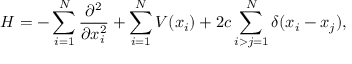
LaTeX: H = - \sum _ { i = 1 } ^ { N } \frac { \partial ^ { 2 } } { \partial x _ { i } ^ { 2 } } + \sum _ { i = 1 } ^ { N } V ( x _ { i } ) + 2 c \sum _ { i > j = 1 } ^ { N } \delta ( x _ { i } - x _ { j } ) ,